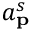
a _ { \mathbf { p } } ^ { s }